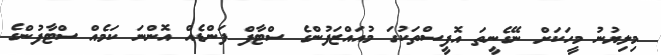
މިލިޔުނު މީހަކަށް ނޭގެނީތަ އޮފީސްތަކުގަ މުއައްޒަފުންގެ ސްޓާފް ފަންޑެއް އޮންނަ ކަމެއް ސްޓާފުންގެ